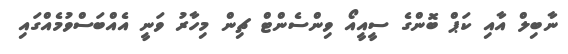
ނާބިލް އާއި ކަޕް ބޮންގެ ސީއީއޯ ވިންސެންޓް ޗިން މިހާރު ވަނީ އެއްބަސްވުމެއްގައި